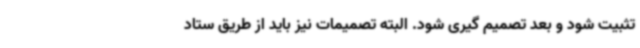
تثبیت شود و بعد تصمیم ‌گیری شود. البته تصمیمات نیز باید از طریق ستاد